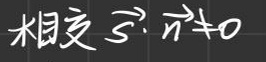
相交\(\vec{s} \cdot \vec{n} \neq 0\)